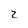
Character: 2